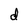
Character: d